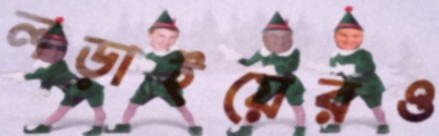
লড়াইয়েরও